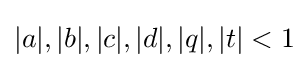
|a|,|b|,|c|,|d|,|q|,|t|<1